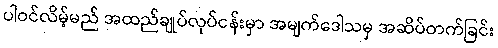
ပါဝင်လိမ့်မည် အထည်ချုပ်လုပ်ငန်းမှာ အမျက်ဒေါသမှ အဆိပ်တက်ခြင်း